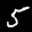
Label: 5